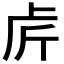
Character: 𠧣